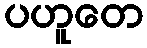
ပဟူတေ